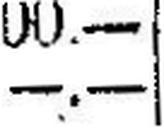
—.—